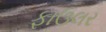
ફાઉલર